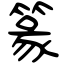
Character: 篆